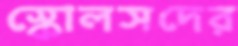
স্কোলসদের